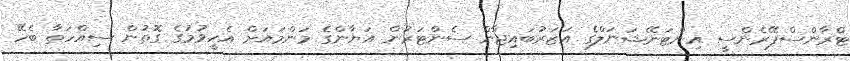
ޓްރާންސްޕޭރެންސީ އިންޓަނޭޝަނަލްގެ އަޒަރުބައިޖާން ސެންޓަރުން އަޔާންގެ މަންމައަށް އެހީވުމުގެ ގޮތުން ސިއްހަތާ ބެހޭ